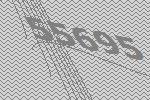
55695